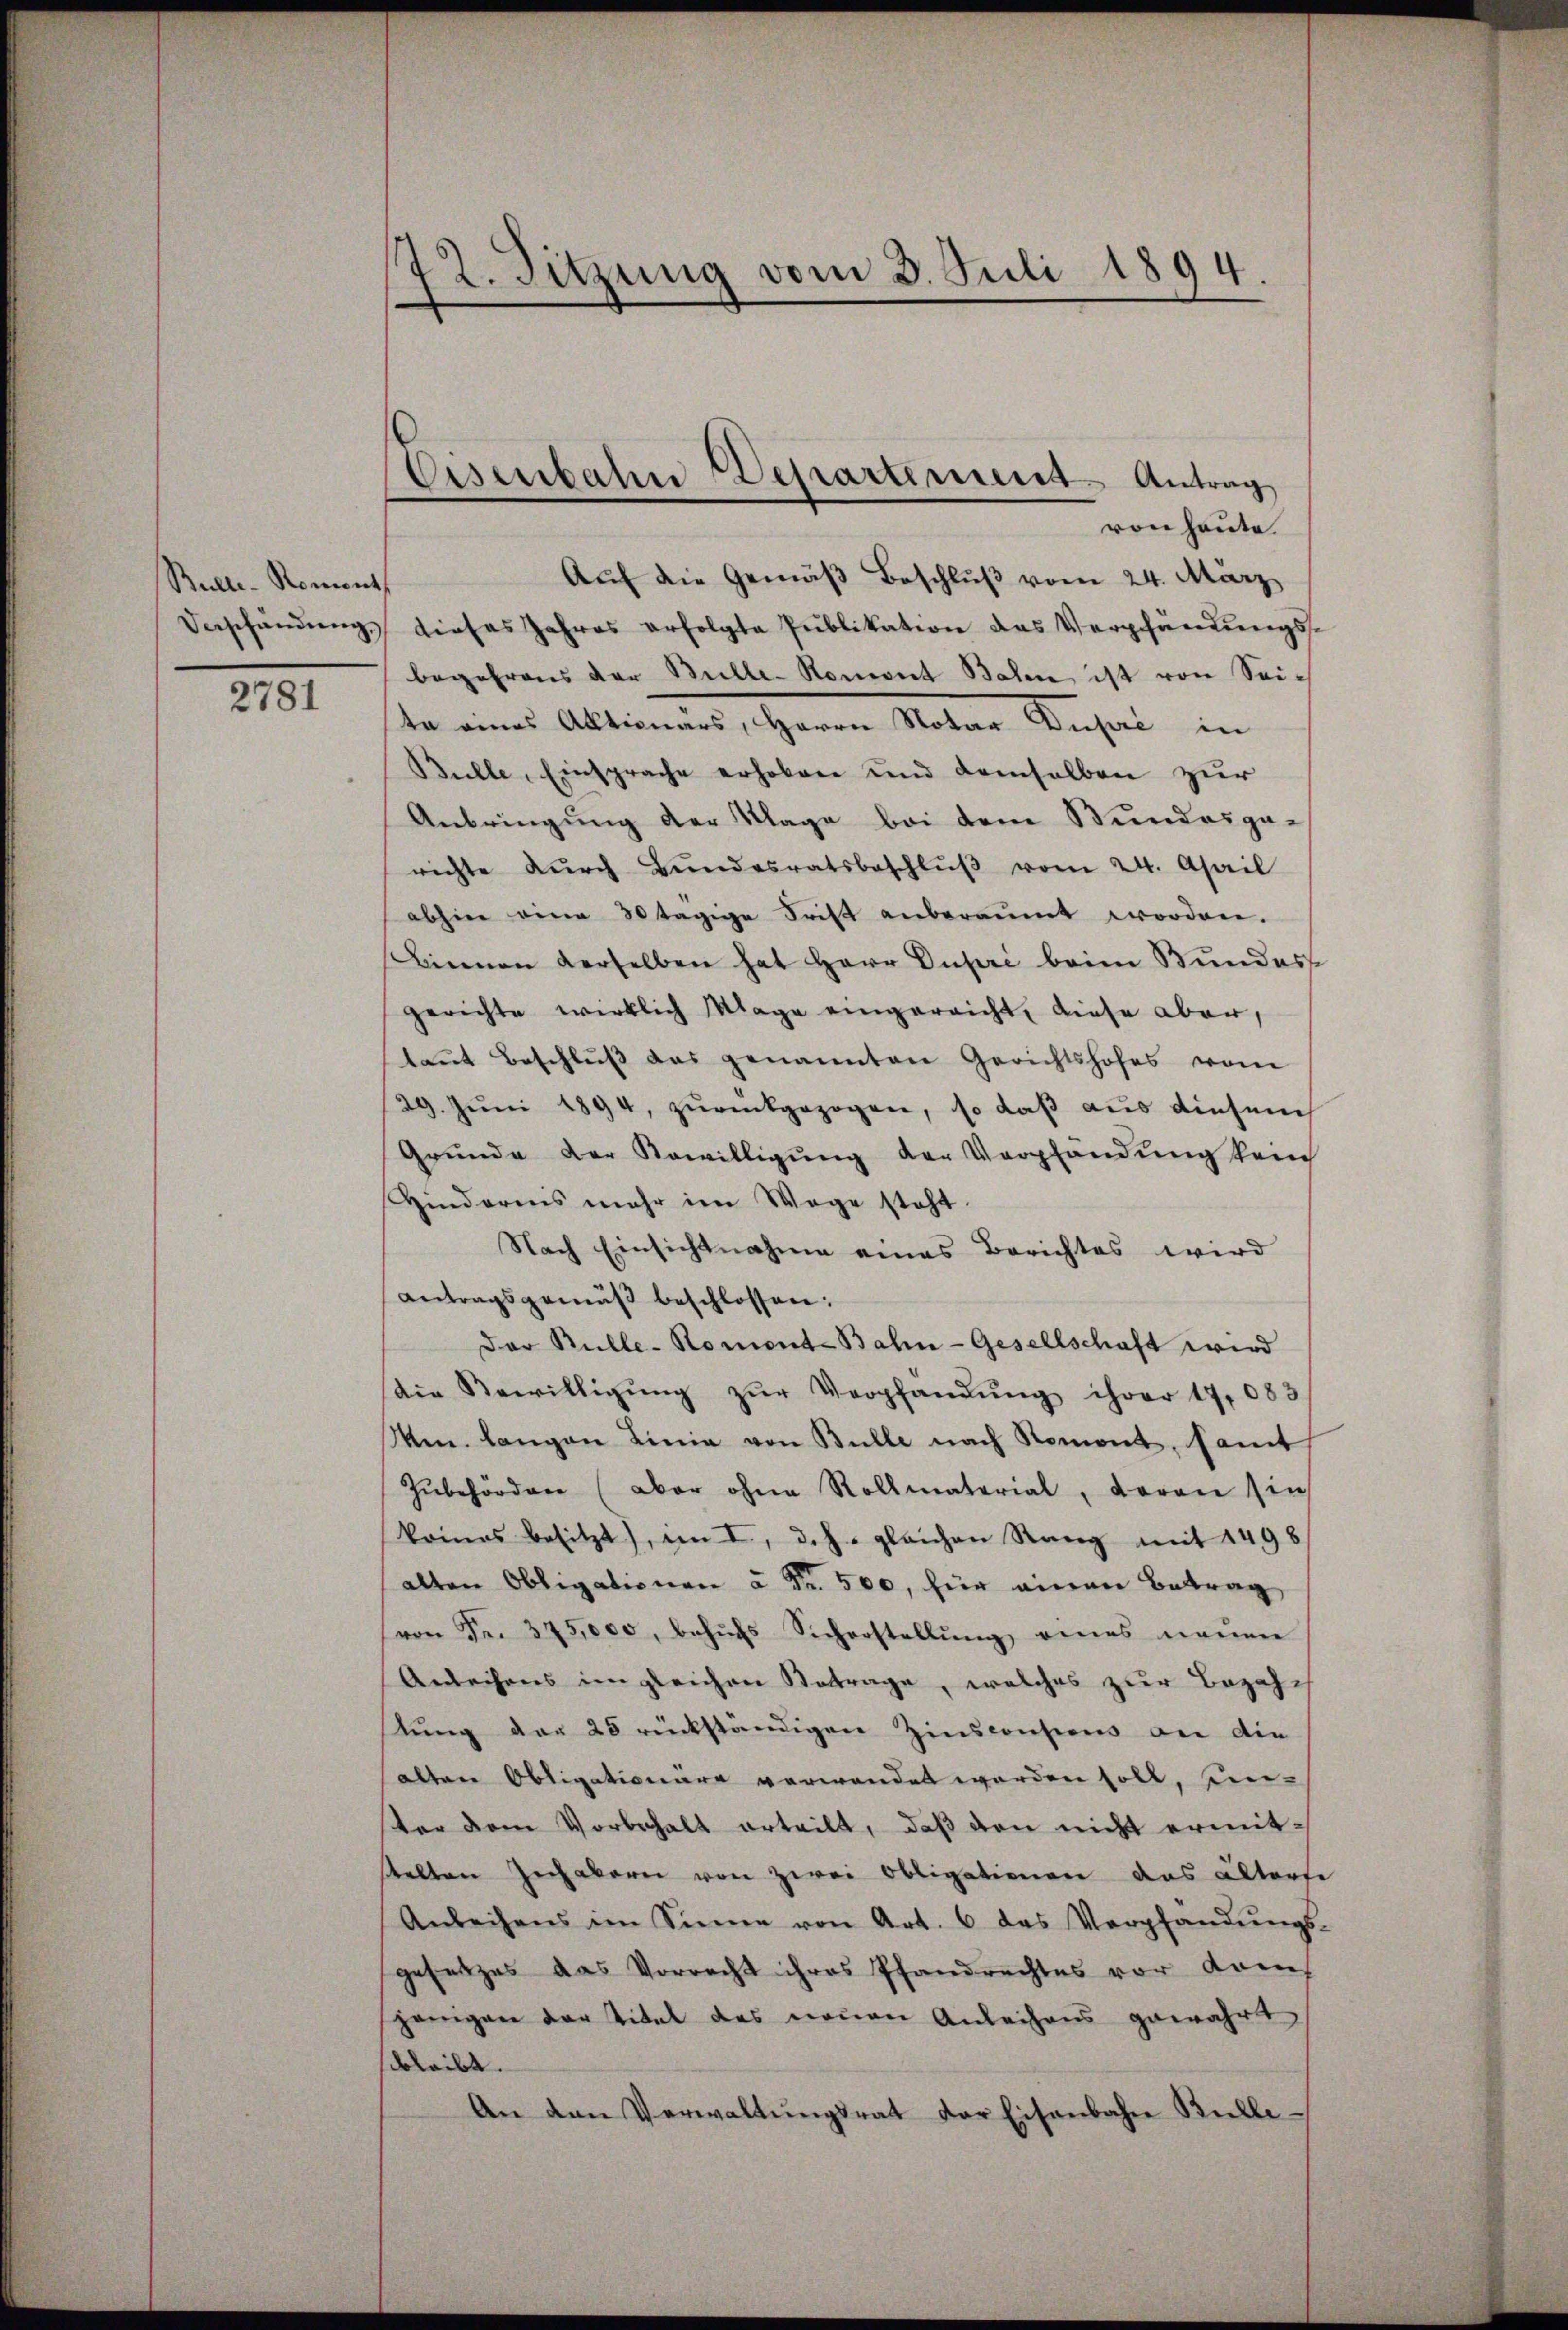
Bulle-Roments

2781

72. Sitzung vom 8. Juli 1894.

von heute
Aŭf die Gemäβ Beschlŭβ vom 24. März
Verschändŭng dieses Jahres erfolgte Publikation des Verpfändŭngs-
begehrens der Bulle-Roment Balen ist von Sei¬
In eines Aktionen, Herrn Notar Auseil in
Bulle, Einsprache erhoben und demselben zur
Anbringung der Klage bei dem Bundesgarichte dŭrch Bŭndesratsbeschlŭβ vom 24. April
abhin eine 30 tägige Frist anberaumt worden.
Bienen derselben hat Herr Dupri beim Bundesse
gerichte wirklich Klage eingereicht, diese aber,
tant Beschlŭβ des genannten Gerichtshofes vom
29. Jŭni 1894, zŭrückgezogen, so daß aus diesem
Grunde der Sowilligung der Verpfändung kein
Hinderens mehr im Wege steht.
Nach Einsichtnahme eines Berichtes wird
antragsgemäß beschlossen:
Der Bulle-Roment-Balin-Gesellschaft wird
die Bewilligŭng zŭr Verpfändung ihrer 17,083/
Ven. langen Linie von Bulle nach Romont, samt
zŭbehörden (aber ohne Rollmaterial, daran sie
keines besitzt), im I, dch gleichen Rang mit 1498
alten Obligationen à Fr. 500, für einen Betrag
von Fr. 375,000, behŭfs Sicherstellŭng eines neŭen
Andrechens im gleichen Betrage, welches zur Bezahstung der 25 rückständigen Zinsconsions an die
salten Obligationäre verwendet werden soll, ein-
ter dem Vorbehalt erteilt, daß den nicht ermitselten Inhabern von zwei Obligationen das älterse
Anleihens im Sinne von Art. 6 das Verpfändŭngs-
gesetzes das Vorrecht ihres Pfandrechtes vor dans
jenigen der Titel des neuen Anleihens gewahrt
bleibt.
An den Verwaltŭngsrat der Eisenbahne Bulle

Eisenbahn Departement. Antrag